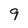
Character: 9